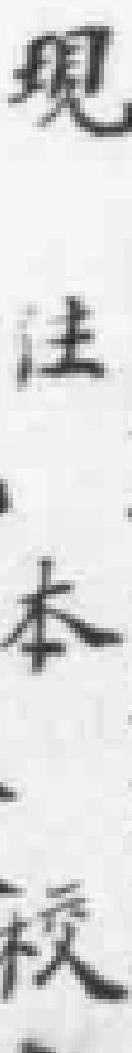
现住本校